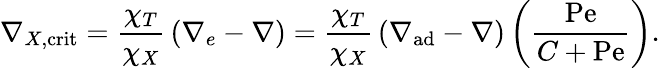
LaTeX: \nabla_{X,\mathrm{crit}}={\frac{\chi_{T}}{\chi_{X}}}\left(\nabla_{e}-\nabla\right)={\frac{\chi_{T}}{\chi_{X}}}\left(\nabla_{\mathrm{ad}}-\nabla\right)\left({\frac{\mathrm{Pe}}{C+\mathrm{Pe}}}\right).